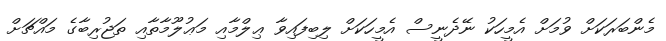
މެންބަރަކަށް ވުމަށް އެމީހަކު ނޭދެނީސް އެމީހަކަށް ލިބިފައިވާ ޢިލްމާއި މަޢުލޫމާތާއި ތަޖުރިބާގެ މައްޗަށް